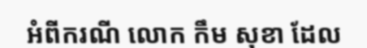
អំពីករណី លោក កឹម សុខា ដែល